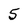
Character: 5